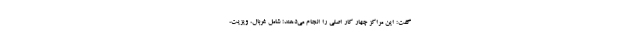
گفت: این مراکز چهار کار اصلی را انجام می‌دهند؛ شامل غربال، ویزیت،